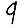
Digit: 9